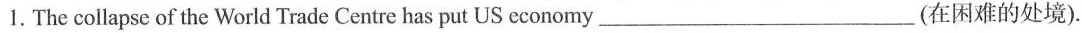
1.The collapse of the World Trade Centre has put US economy____(在困难的处境).